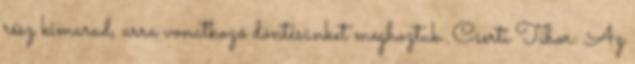
rész kimarad, arra vonatkozó döntésünket meghoztuk. Cserti Tibor: Az